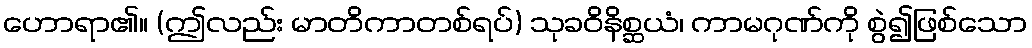
ဟောရာ၏။ (ဤလည်း မာတိကာတစ်ရပ်) သုခဝိနိစ္ဆယံ၊ ကာမဂုဏ်ကို စွဲ၍ဖြစ်သော